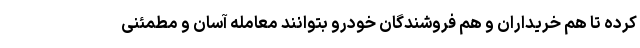
کرده تا هم خریداران و هم فروشندگان خودرو بتوانند معامله آسان و مطمئنی